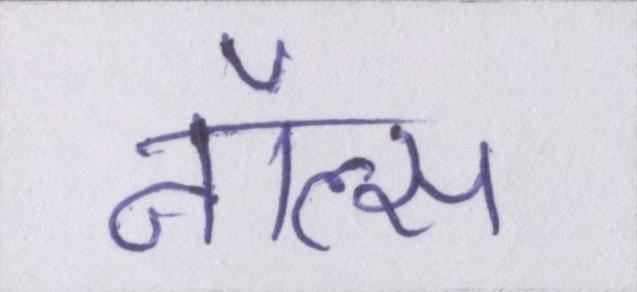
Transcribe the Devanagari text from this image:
नॉल्स